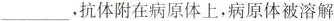
___，抗体附在病原体上，病原体被溶解